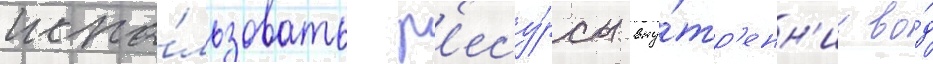
испо́льзовать р'есу́рсы вну́тр'енн'их во́д